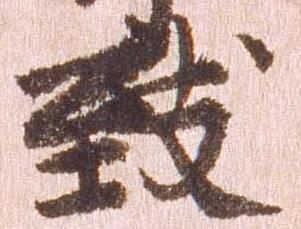
致